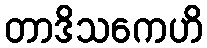
တာဒိသကေဟိ